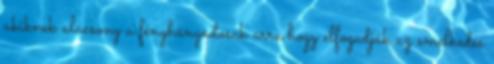
akiknek alacsony a fényhányadosuk arra hogy elfogadják az emelkedés